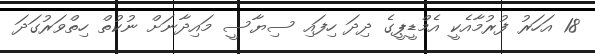
18 އަހަރު ފުރުމާއެކީ އެމްޑީޕީގެ ދިދަ ހިފައި ސިޔާސީ މައިދާނަށް ނުކުތް ހިތްވަރުގަދަ